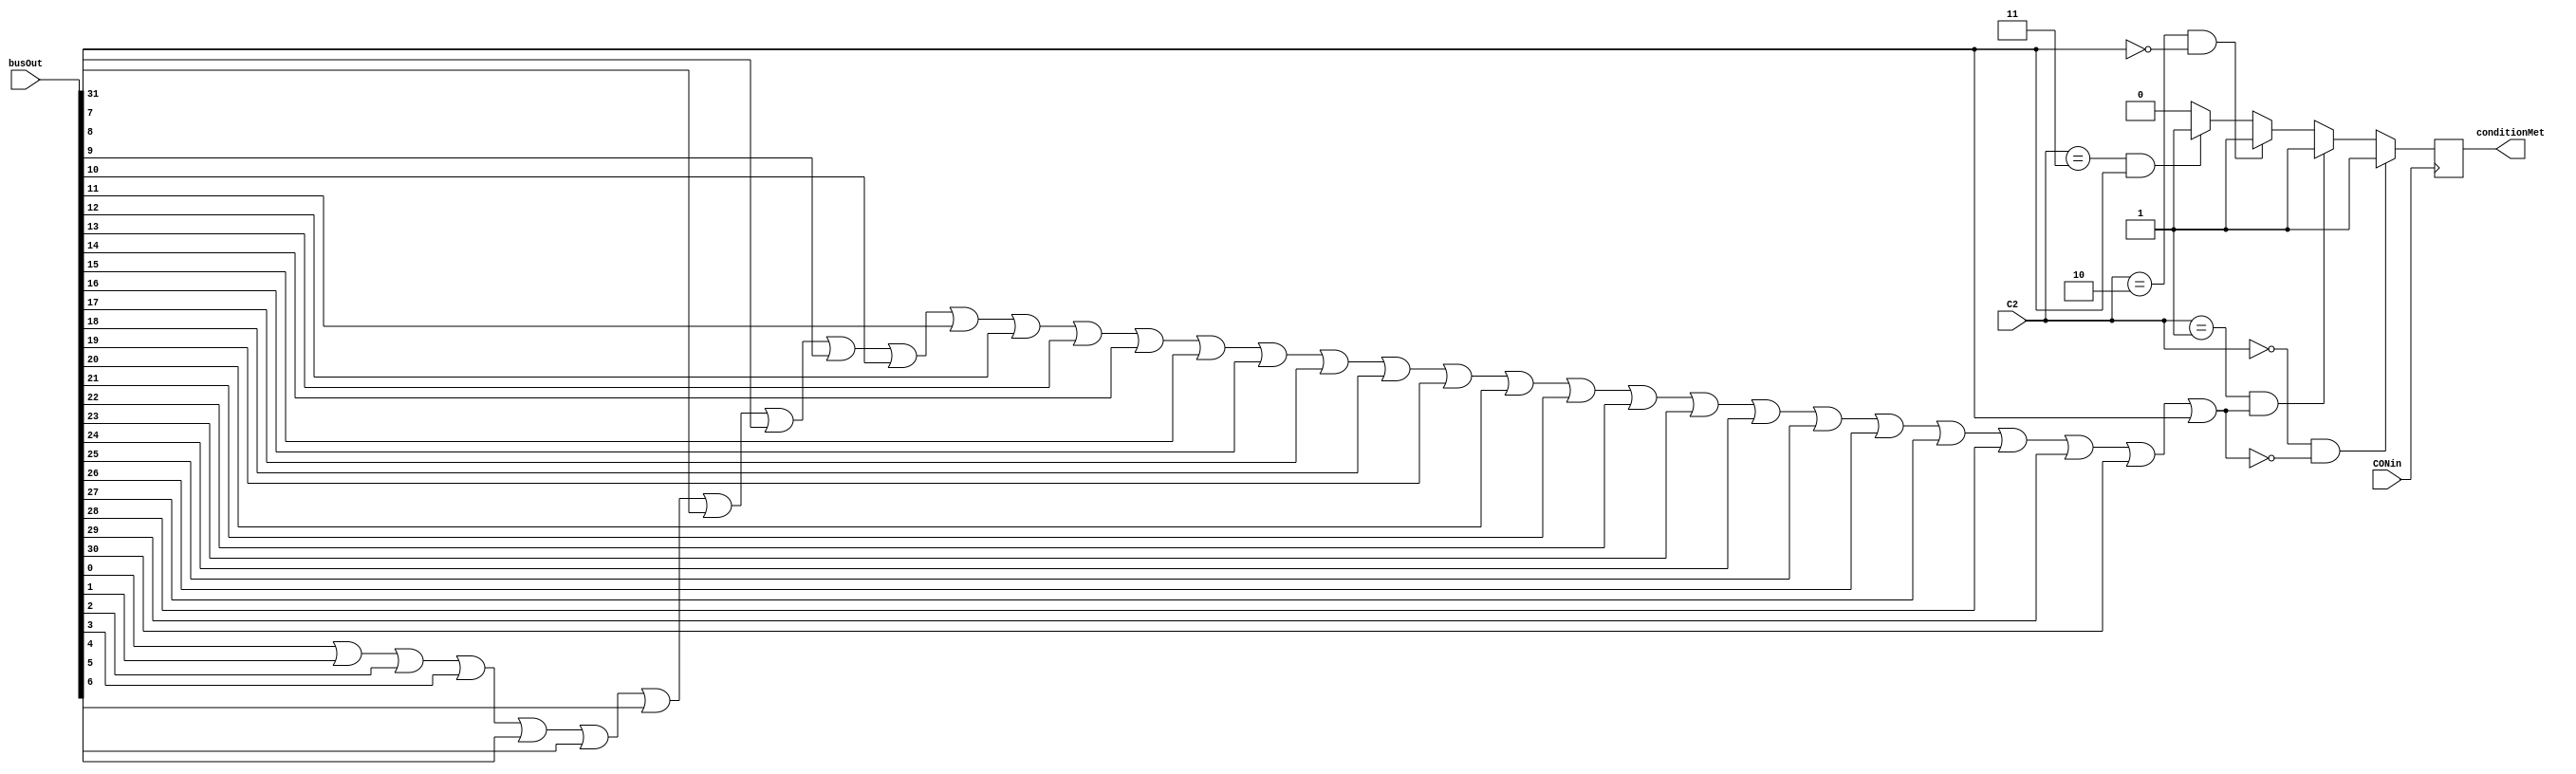
`timescale 1ns/100ps
module CONFF_Logic(
	output reg conditionMet,
	input [31:0] busOut,
	input [3:0] C2,
	input CONin
);
	reg busNor, D;
	
	initial conditionMet = 0;
	
	integer i;
	
	always @(busOut or C2)
	begin
		busNor = 0;
		for(i = 0; i < 32; i = i + 1) begin
			busNor = busNor || busOut[i];
		end
		busNor = !busNor;
		
		if(C2 == 4'b0000 && busNor)
			D = 1;
		else if(C2 == 4'b0001 && !busNor)
			D = 1;
		else if(C2 == 4'b0010 && !busOut[31])
			D = 1;
		else if(C2 == 4'b0011 && busOut[31])
			D = 1;
		else
			D = 0;
	end

	always @(posedge CONin)
	begin
		#3 conditionMet = D;
	end
	
endmodule